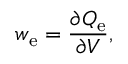
w _ { \mathrm { e } } = { \frac { \partial Q _ { \mathrm { e } } } { \partial V } } ,